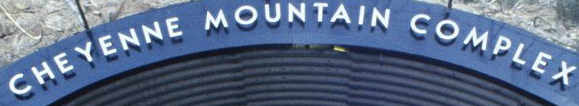
CHEYENNE MOUNTAIN COMPLEX